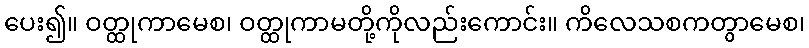
ပေး၍။ ဝတ္ထုကာမေစ၊ ဝတ္ထုကာမတို့ကိုလည်းကောင်း။ ကိလေသစကတွာမေစ၊